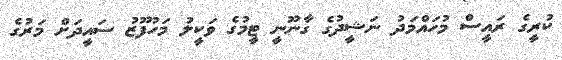
ކުރީގެ ރައީސް މުހައްމަދު ނަޝީދުގެ ގާނޫނީ ޓީމުގެ ވަކީލު މަހުފޫޒު ސައީދަށް މަރުގެ